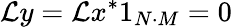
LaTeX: \mathcal{L}y=\mathcal{L}x^{*}1_{N\cdot M}=0